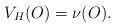
\begin{align*}V_H(O)=\nu(O).\end{align*}